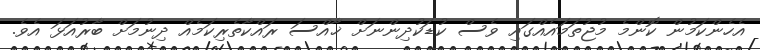
އެހެންކަމުން ކޮންމެ މުޖުތަމައެއްގައި ވެސް ކުޑަކުދިންނަށް ޚާއްސަ ރައްކާތެރިކަމެއް ދިނުމަށް ބާރުއަޅަ އެވެ.